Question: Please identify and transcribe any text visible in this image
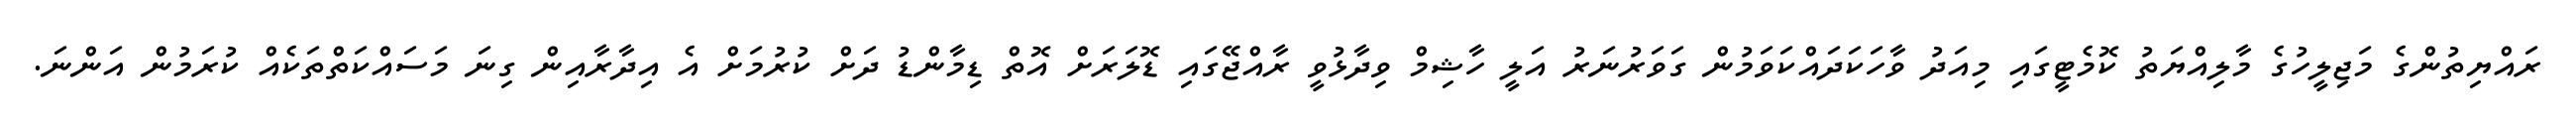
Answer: ރައްޔިތުންގެ މަޖިލީހުގެ މާލިއްޔަތު ކޮމެޓީގައި މިއަދު ވާހަކަދައްކަވަމުން ގަވަރުނަރު އަލީ ހާޝިމް ވިދާޅުވީ ރާއްޖޭގައި ޑޮލަރަށް އޮތް ޑިމާންޑު ދަށް ކުރުމަށް އެ އިދާރާއިން ގިނަ މަސައްކަތްތަކެއް ކުރަމުން އަންނަ.